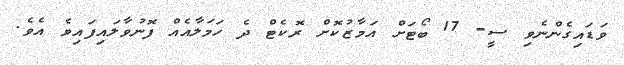
ވަޑައިގެންނެވި ސީ- 17 ބޯޓަށް އަމާޒުކޮށް ރޮކެޓް ދެ ހަމަލާއެއް ފޮނުވާލައިފައިވެ އެވެ.